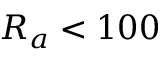
R _ { a } < 1 0 0